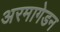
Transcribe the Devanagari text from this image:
अरमागेडन